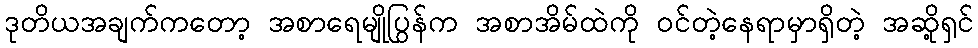
ဒုတိယအချက်ကတော့ အစာရေမျိုပြွန်က အစာအိမ်ထဲကို ဝင်တဲ့နေရာမှာရှိတဲ့ အဆို့ရှင်